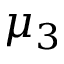
\mu _ { 3 }